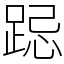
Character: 跽